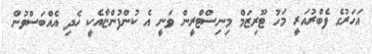
އަހަރުގެ ފެބްރުއަރީ މަހު ޓޫރިޒަމް މިނިސްޓްރީން ވަނީ އެ ކުންފުންޏާއެކީ ހެދި އެއްބަސްވުން